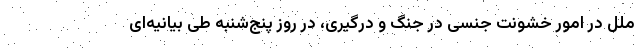
ملل در امور خشونت جنسی در جنگ و درگیری، در روز پنج‌شنبه طی بیانیه‌ای